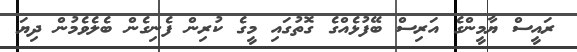
ރައީސް ޔާމީންގެ އަރިސް ބޭފުޅެއްގެ ގޮތުގައި މީގެ ކުރިން ފެނިގެން ބެލެވެމުން ދިޔަ